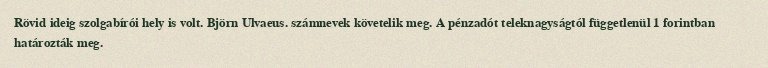
Rövid ideig szolgabírói hely is volt. Björn Ulvaeus. számnevek követelik meg. A pénzadót teleknagyságtól függetlenül 1 forintban határozták meg.